Annual administration report of the Civil Veterinary Department, Ajmere-Merwara, British Rajputana - 1914-1940
Year: 1914
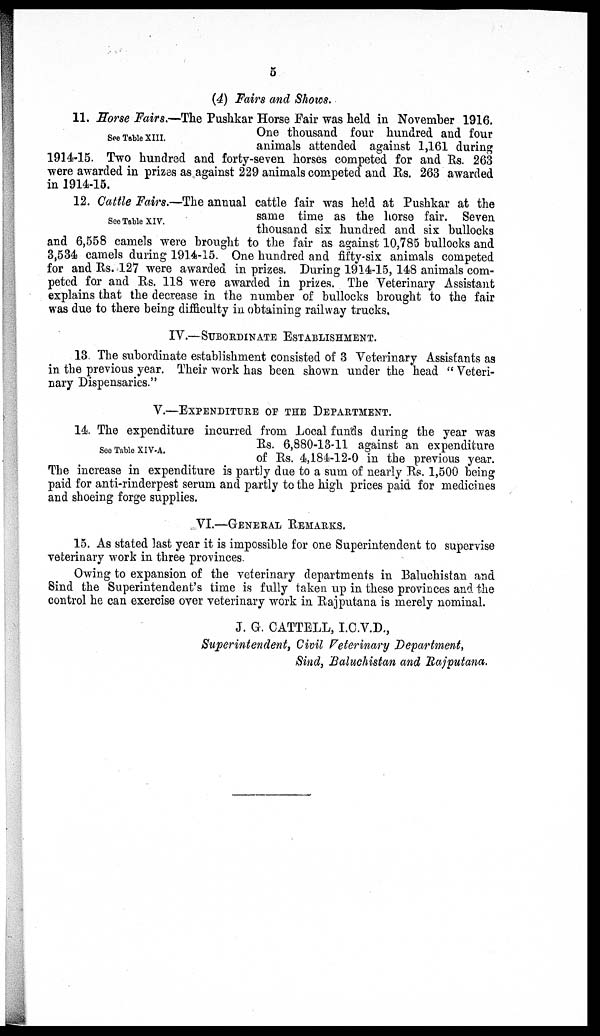
5
(4) Fairs and Shows.
See Table XIII.
11. Horse Fairs.—The Pushkar Horse Fair was held in November 1916.
One thousand four hundred and four
animals attended against 1,161 during
1914-15. Two hundred and forty-seven horses competed for and Rs. 263
were awarded in prizes as against 229 animals competed and Rs. 263 awarded
in 1914-15.
See Table XIV.
12. Cattle Fairs.—The annual cattle fair was held at Pushkar at the
same time as the horse fair. Seven
thousand six: hundred and six bullocks
and 6,558 camels were brought to the fair as against 10,785 bullocks and
3,534 camels during 1914-15. One hundred and fifty-six animals competed
for and Rs. 127 were awarded in prizes. During 1914-15, 148 animals com-
peted for and Rs. 118 were awarded in prizes. The Veterinary Assistant
explains that the decrease in the number of bullocks brought to the fair
was due to there being difficulty in obtaining railway trucks.
IV.—SUBORDINATE
ESTABLISHMENT.
13. The subordinate establishment consisted of 3 Veterinary Assistants as
in the previous year. Their work has been shown under the head "Veteri-
nary Dispensaries."
V.—EXPENDITURE OF THE DEPARTMENT.
See Table XIV-A.
14. The expenditure incurred from Local funds during the year was
Rs. 6,880-13-11 against an expenditure
of Rs. 4,184-12-0 in the previous year.
The increase in expenditure is partly due to a sum of nearly Rs. 1,500 being
paid for anti-rinderpest serum and partly to the high prices paid for medicines
and shoeing forge supplies.
VI.—GENERAL
REMARKS.
15. As stated last year it is impossible for one Superintendent to supervise
veterinary work in three provinces.
Owing to expansion of the veterinary departments in Baluchistan and
Sind the Superintendent's time is fully taken up in these provinces and the
control he can exercise over veterinary work in Rajputana is merely nominal.
J. G. CATTELL, I.C.V.D.,
Superintendent, Civil Veterinary Department,
Sind, Baluchistan and Rajputana.